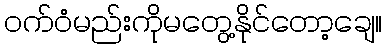
ဝက်ဝံမည်းကိုမတွေ့နိုင်တော့ချေ။